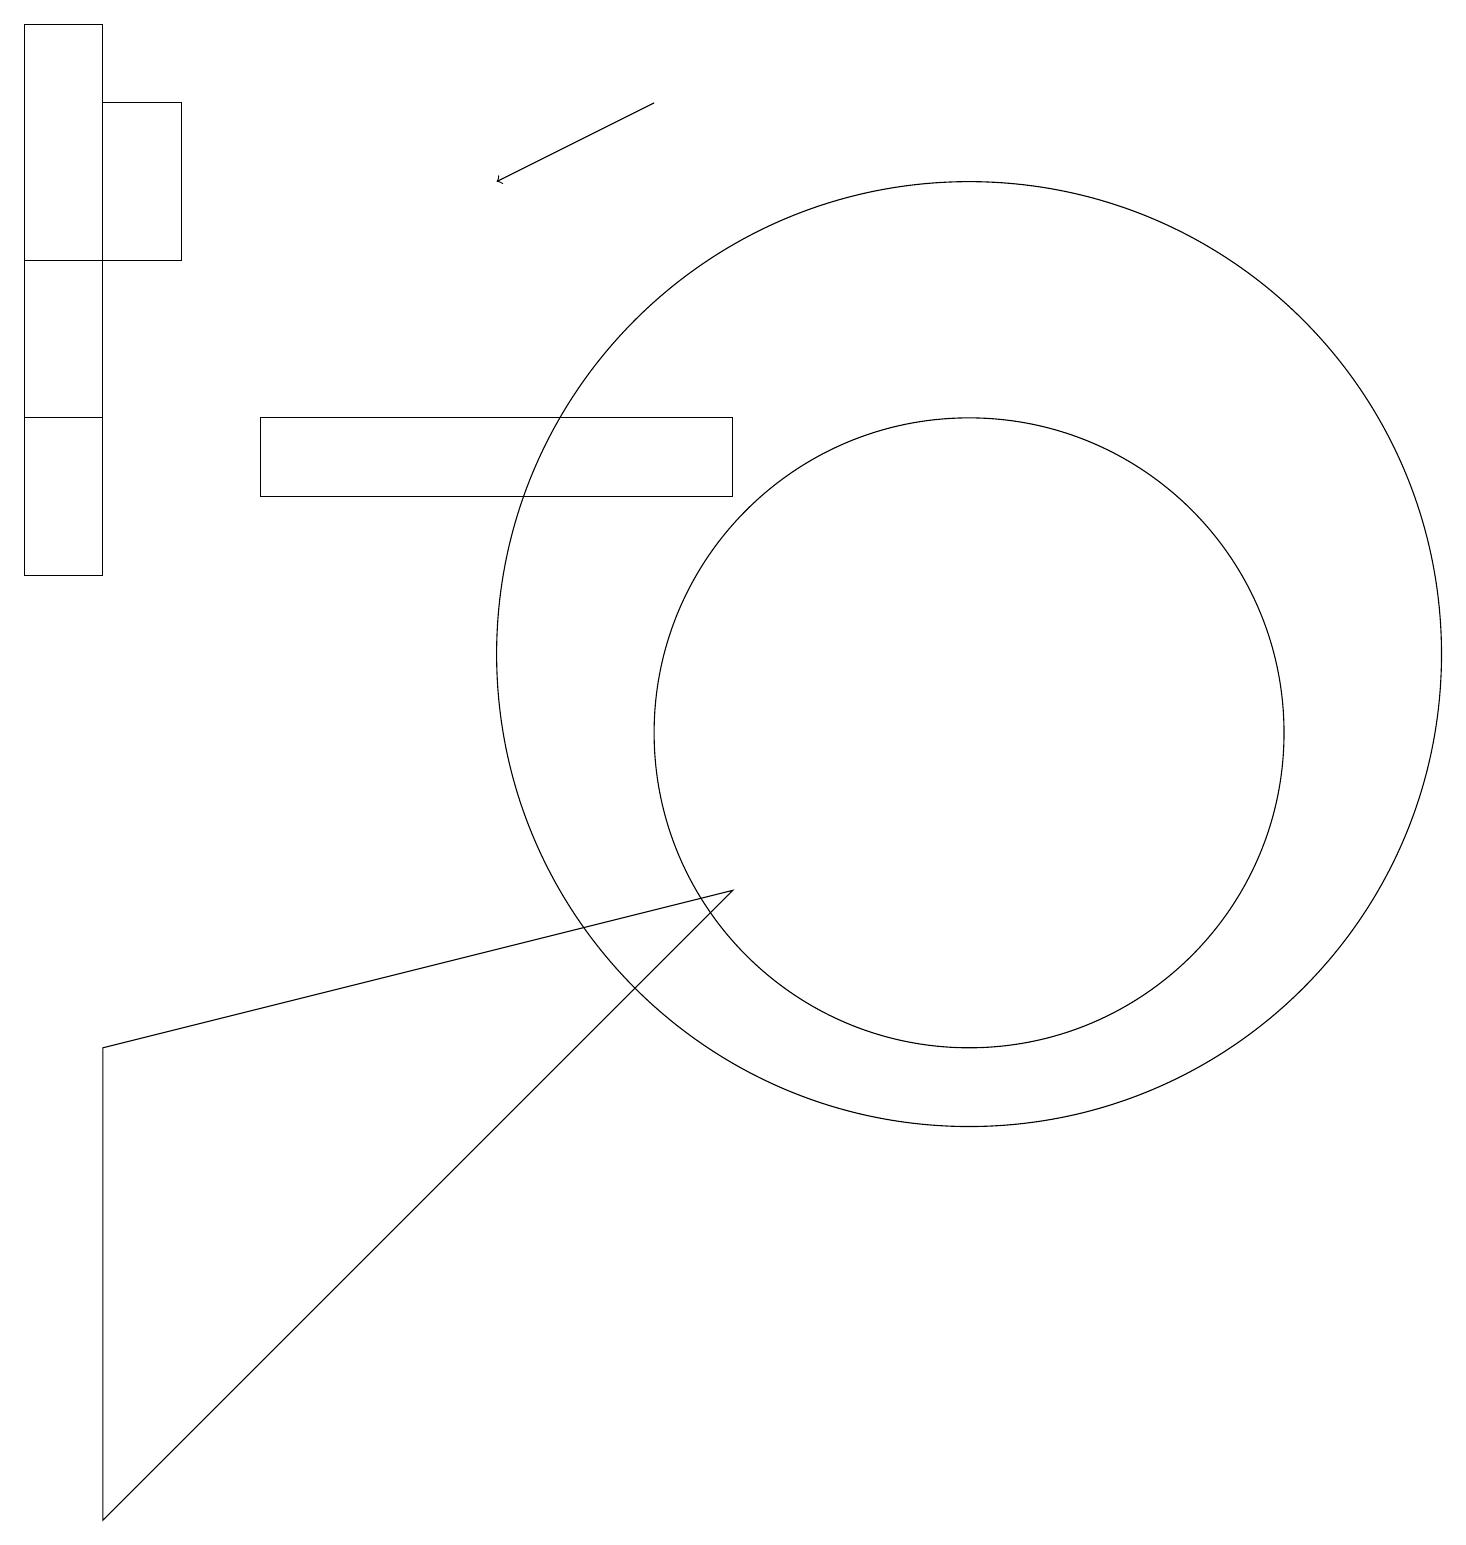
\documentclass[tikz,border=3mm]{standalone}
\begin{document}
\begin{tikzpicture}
\draw (12,10) circle (4);
\draw (2,18) rectangle (1,16);
\draw (0,19) rectangle (1,14);
\draw (9,8) -- (1,0) -- (1,6) -- cycle;
\draw (0,12) rectangle (1,16);
\draw (12,11) circle (6);
\draw (9,14) rectangle (3,13);
\draw[->] (8,18) -- (6,17);
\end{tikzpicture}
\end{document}